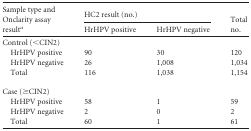
<table><thead><tr><td rowspan="2"><b>Sample type and Onclarity assay result<sup><i>a</i></sup></b></td><td colspan="2"><b>HC2 result (no.)</b></td><td rowspan="2"><b>Total no.</b></td></tr><tr><td><b>HrHPV positive</b></td><td><b>HrHPV negative</b></td></tr></thead><tbody><tr><td>Control (&lt;CIN2)</td><td></td><td></td><td></td></tr><tr><td>HrHPV positive</td><td>90</td><td>30</td><td>120</td></tr><tr><td>HrHPV negative</td><td>26</td><td>1,008</td><td>1,034</td></tr><tr><td>Total</td><td>116</td><td>1,038</td><td>1,154</td></tr><tr><td>Case (≥CIN2)</td><td></td><td></td><td></td></tr><tr><td>HrHPV positive</td><td>58</td><td>1</td><td>59</td></tr><tr><td>HrHPV negative</td><td>2</td><td>0</td><td>2</td></tr><tr><td>Total</td><td>60</td><td>1</td><td>61</td></tr></tbody></table>